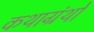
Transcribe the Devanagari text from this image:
कथाग्रंथों